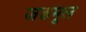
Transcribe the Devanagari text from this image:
जडमूल